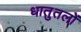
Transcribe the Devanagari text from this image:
धातुतलों